Vaccination in Bombay 1863-1868 - 1863-1868
Year: 1863
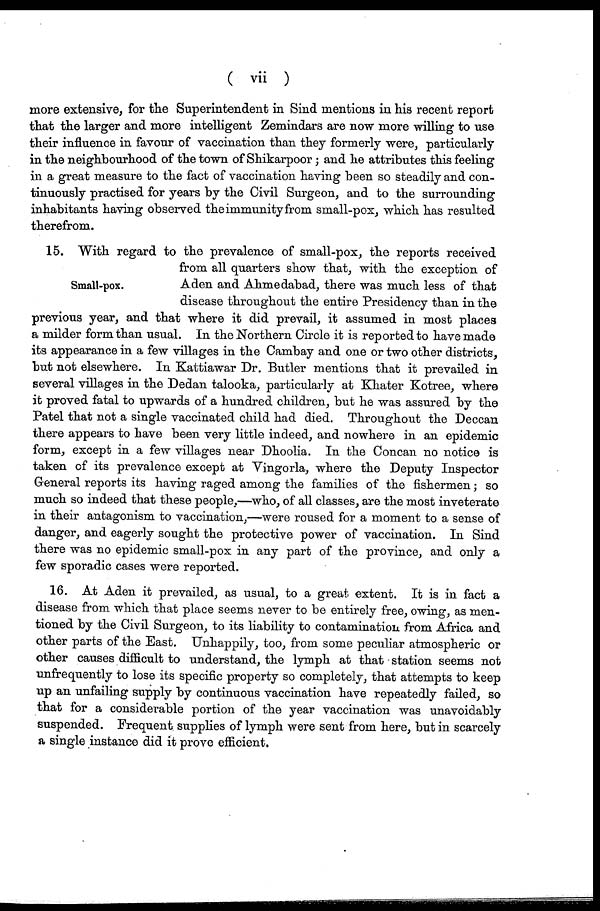
( vii )
more extensive, for the Superintendent in Sind mentions in his recent report
that the larger and more intelligent Zemindars are now more willing to use
their influence in favour of vaccination than they formerly were, particularly
in the neighbourhood of the town of Shikarpoor; and he attributes this feeling
in a great measure to the fact of vaccination having been so steadily and con-
tinuously practised for years by the Civil Surgeon, and to the surrounding
inhabitants having observed the immunity from small-pox, which has resulted
therefrom.
Small-pox.
15. With regard to the prevalence of small-pox, the reports received
from all quarters show that, with the exception of
Aden and Ahmedabad, there was much less of that
disease throughout the entire Presidency than in the
previous year, and that where it did prevail, it assumed in most places
a milder form than usual. In the Northern Circle it is reported to have made
its appearance in a few villages in the Cambay and one or two other districts,
but not elsewhere. In Kattiawar Dr. Butler mentions that it prevailed in
several villages in the Dedan talooka, particularly at Khater Kotree, where
it proved fatal to upwards of a hundred children, but he was assured by the
Patel that not a single vaccinated child had died. Throughout the Deccan
there appears to have been very little indeed, and nowhere in an epidemic
form, except in a few villages near Dhoolia. In the Concan no notice is
taken of its prevalence except at Vingorla, where the Deputy Inspector
General reports its having raged among the families of the fishermen; so
much so indeed that these people,—who, of all classes, are the most inveterate
in their antagonism to vaccination,—were roused for a moment to a sense of
danger, and eagerly sought the protective power of vaccination. In Sind
there was no epidemic small-pox in any part of the province, and only a
few sporadic cases were reported.
16. At Aden it prevailed, as usual, to a great extent. It is in fact a
disease from which that place seems never to be entirely free, owing, as men-
tioned by the Civil Surgeon, to its liability to contamination from Africa and
other parts of the East. Unhappily, too, from some peculiar atmospheric or
other causes difficult to understand, the lymph at that station seems not
unfrequently to lose its specific property so completely, that attempts to keep
up an unfailing supply by continuous vaccination have repeatedly failed, so
that for a considerable portion of the year vaccination was unavoidably
suspended. Frequent supplies of lymph were sent from here, but in scarcely
a single instance did it prove efficient.